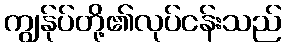
ကျွန်ုပ်တို့၏လုပ်ငန်းသည်